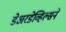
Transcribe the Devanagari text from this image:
डेअरडेव्हिल्सने